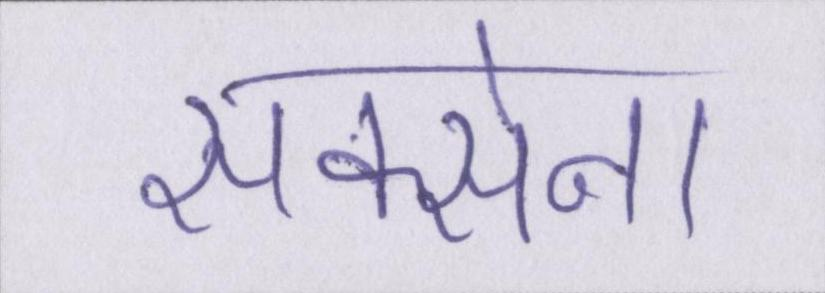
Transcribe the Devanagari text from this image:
सक्सेना